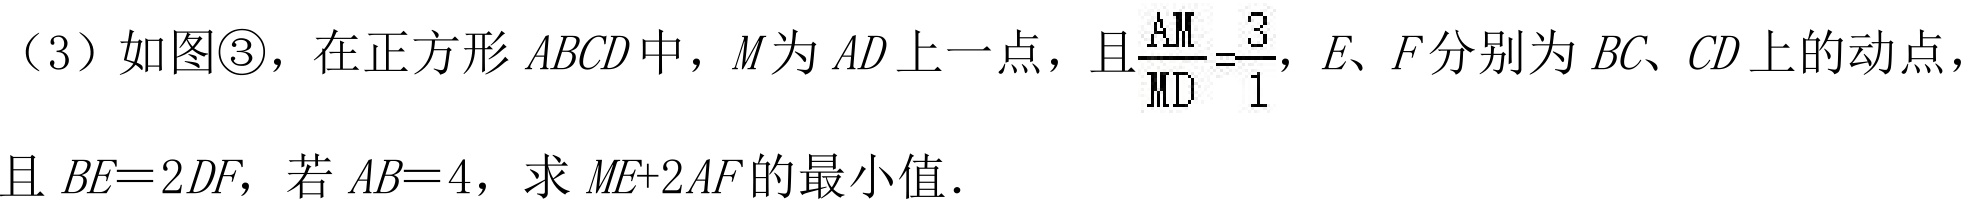
(3) 如图\textcircled{3}，在正方形 \(ABCD\) 中，\(M\) 为 \(AD\) 上一点，且\(\frac{AM}{MD}=\frac{3}{1}\)，\(E\)、\(F\) 分别为 \(BC\)、\(CD\) 上的动点，
且 \(BE = 2DF\)，若 \(AB = 4\)，求 \(ME + 2AF\) 的最小值．